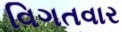
વિગતવાર